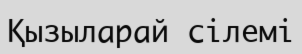
Қызыларай сілемі